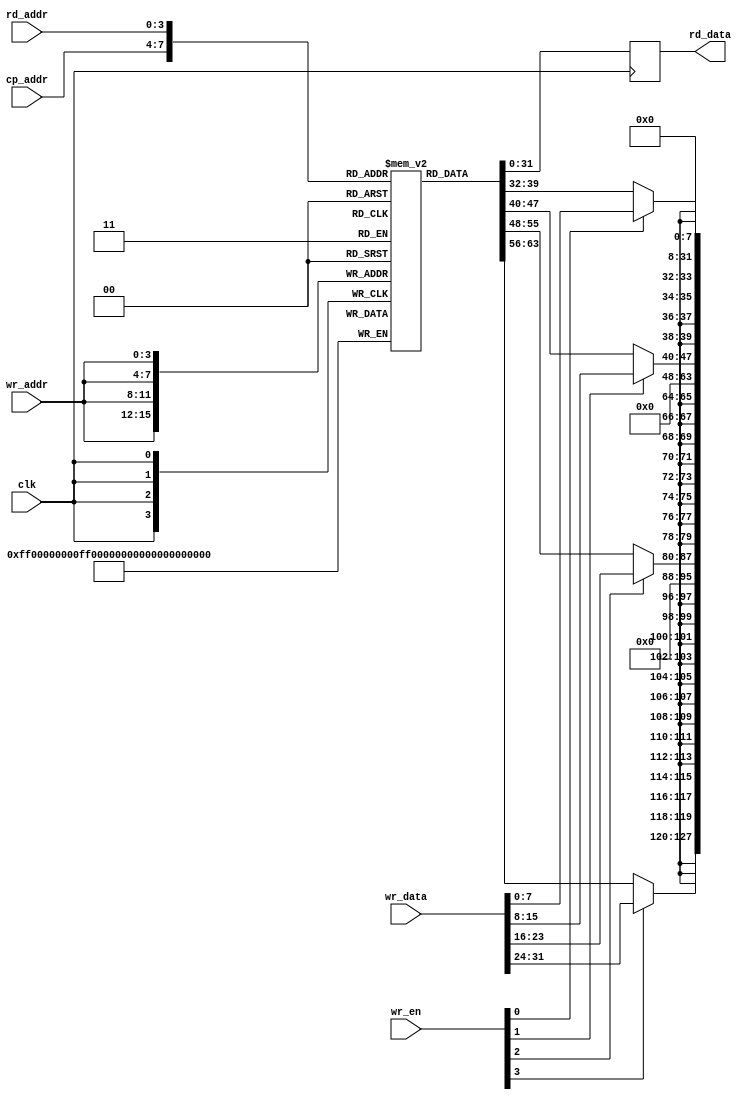
// expect-wr-ports 1
// expect-rd-ports 2

module test(clk, rd_addr, rd_data, cp_addr, wr_addr, wr_en, wr_data);

input clk;

input [3:0] rd_addr;
output reg [31:0] rd_data;

input [3:0] cp_addr, wr_addr, wr_en;
input [31:0] wr_data;

reg [31:0] mem [0:15];

always @(posedge clk) begin
	mem[wr_addr][ 7: 0] <= wr_en[0] ? wr_data[ 7: 0] : mem[cp_addr][ 7: 0];
	mem[wr_addr][15: 8] <= wr_en[1] ? wr_data[15: 8] : mem[cp_addr][15: 8];
	mem[wr_addr][23:16] <= wr_en[2] ? wr_data[23:16] : mem[cp_addr][23:16];
	mem[wr_addr][31:24] <= wr_en[3] ? wr_data[31:24] : mem[cp_addr][31:24];
	rd_data <= mem[rd_addr];
end

endmodule